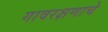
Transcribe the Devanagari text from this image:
गावरक्षणाचे